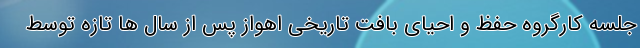
جلسه کارگروه حفظ و احیای بافت تاریخی اهواز پس از سال ها تازه توسط